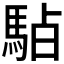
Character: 𱄚